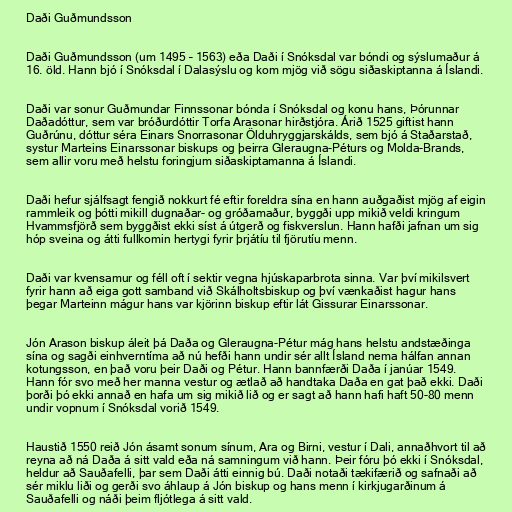
Daði Guðmundsson

Daði Guðmundsson (um 1495 – 1563) eða Daði í Snóksdal var bóndi og sýslumaður á
16. öld. Hann bjó í Snóksdal í Dalasýslu og kom mjög við sögu siðaskiptanna á Íslandi.

Daði var sonur Guðmundar Finnssonar bónda í Snóksdal og konu hans, Þórunnar
Daðadóttur, sem var bróðurdóttir Torfa Arasonar hirðstjóra. Árið 1525 giftist hann
Guðrúnu, dóttur séra Einars Snorrasonar Ölduhryggjarskálds, sem bjó á Staðarstað,
systur Marteins Einarssonar biskups og þeirra Gleraugna-Péturs og Molda-Brands,
sem allir voru með helstu foringjum siðaskiptamanna á Íslandi.

Daði hefur sjálfsagt fengið nokkurt fé eftir foreldra sína en hann auðgaðist mjög af eigin
rammleik og þótti mikill dugnaðar- og gróðamaður, byggði upp mikið veldi kringum
Hvammsfjörð sem byggðist ekki síst á útgerð og fiskverslun. Hann hafði jafnan um sig
hóp sveina og átti fullkomin hertygi fyrir þrjátíu til fjörutíu menn.

Daði var kvensamur og féll oft í sektir vegna hjúskaparbrota sinna. Var því mikilsvert
fyrir hann að eiga gott samband við Skálholtsbiskup og því vænkaðist hagur hans
þegar Marteinn mágur hans var kjörinn biskup eftir lát Gissurar Einarssonar.

Jón Arason biskup áleit þá Daða og Gleraugna-Pétur mág hans helstu andstæðinga
sína og sagði einhverntíma að nú hefði hann undir sér allt Ísland nema hálfan annan
kotungsson, en það voru þeir Daði og Pétur. Hann bannfærði Daða í janúar 1549.
Hann fór svo með her manna vestur og ætlað að handtaka Daða en gat það ekki. Daði
þorði þó ekki annað en hafa um sig mikið lið og er sagt að hann hafi haft 50-80 menn
undir vopnum í Snóksdal vorið 1549.

Haustið 1550 reið Jón ásamt sonum sínum, Ara og Birni, vestur í Dali, annaðhvort til að
reyna að ná Daða á sitt vald eða ná samningum við hann. Þeir fóru þó ekki í Snóksdal,
heldur að Sauðafelli, þar sem Daði átti einnig bú. Daði notaði tækifærið og safnaði að
sér miklu liði og gerði svo áhlaup á Jón biskup og hans menn í kirkjugarðinum á
Sauðafelli og náði þeim fljótlega á sitt vald.